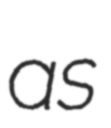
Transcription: as